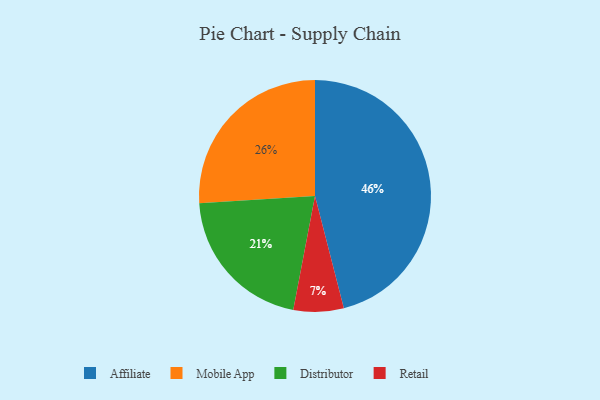
{"axis": {"x": "Category", "y": "Percentage"}, "legend": ["Affiliate", "Distributor", "Mobile App", "Retail"], "data": [{"x": "Distributor", "y": 21, "type": "Distributor"}, {"x": "Retail", "y": 7, "type": "Retail"}, {"x": "Affiliate", "y": 46, "type": "Affiliate"}, {"x": "Mobile App", "y": 26, "type": "Mobile App"}]}